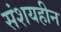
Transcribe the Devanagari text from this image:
संशयहीन